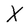
Character: X